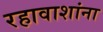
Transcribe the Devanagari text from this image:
रहावाशांना